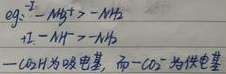
eg: \(-\overset{\delta -}{M}\overset{\delta +}{g}>-\overset{\delta -}{N}\overset{\delta +}{H}_{2}\)
\(1^{\circ}\ -\overset{\delta -}{N}\overset{\delta +}{H}>-\overset{\delta -}{N}\overset{\delta +}{H}_{2}\)
\(-\ce{OH}\)为吸电基，而\(-\ce{CO -}\)为供电基